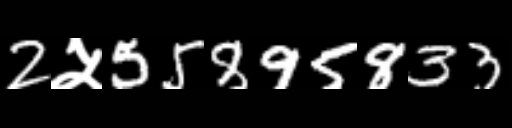
Text: 2५55895833